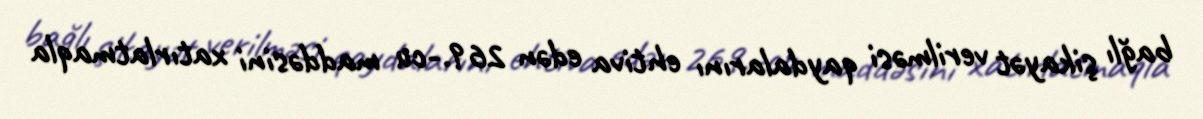
bağlı şikayət verilməsi qaydalarını ehtiva edən 269.-cu maddəsini xatırlatmaqla